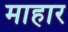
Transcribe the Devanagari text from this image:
माहार